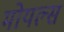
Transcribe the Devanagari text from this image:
मोयल्स